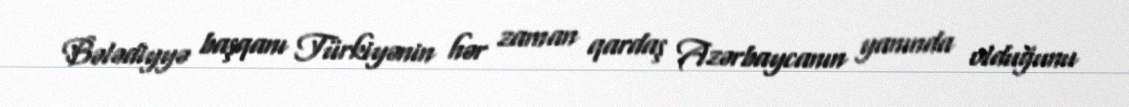
Bələdiyyə başqanı Türkiyənin hər zaman qardaş Azərbaycanın yanında olduğunu